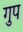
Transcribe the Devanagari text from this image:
गुप